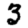
Digit: 3